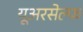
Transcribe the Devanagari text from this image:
यूअरसेल्फ